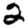
Digit: 2